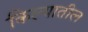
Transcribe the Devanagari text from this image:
किल्यातील